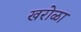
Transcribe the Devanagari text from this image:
खरोळा